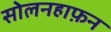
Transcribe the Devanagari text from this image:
सोलनहाफ़न